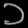
Digit: ၁